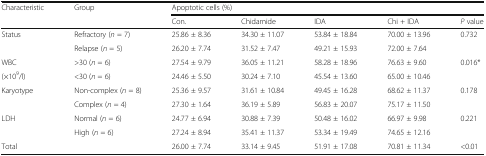
<table><thead><tr><td rowspan="2"><b>Characteristic</b></td><td rowspan="2"><b>Group</b></td><td colspan="5"><b>Apoptotic cells (%)</b></td></tr><tr><td><b>Con.</b></td><td><b>Chidamide</b></td><td><b>IDA</b></td><td><b>Chi + IDA</b></td><td><b><i>P</i> value</b></td></tr></thead><tbody><tr><td>Status</td><td>Refractory (<i>n</i> = 7)</td><td>25.86 ± 8.36</td><td>34.30 ± 11.07</td><td>53.84 ± 18.84</td><td>70.00 ± 13.96</td><td>0.732</td></tr><tr><td></td><td>Relapse (<i>n</i> = 5)</td><td>26.20 ± 7.74</td><td>31.52 ± 7.47</td><td>49.21 ± 15.93</td><td>72.00 ± 7.64</td><td></td></tr><tr><td>WBC</td><td>&gt;30 (<i>n</i> = 6)</td><td>27.54 ± 9.79</td><td>36.05 ± 11.21</td><td>58.28 ± 18.96</td><td>76.63 ± 9.60</td><td>0.016*</td></tr><tr><td>(×10<sup>9</sup>/l)</td><td>&lt;30 (<i>n</i> = 6)</td><td>24.46 ± 5.50</td><td>30.24 ± 7.10</td><td>45.54 ± 13.60</td><td>65.00 ± 10.46</td><td></td></tr><tr><td>Karyotype</td><td>Non-complex (<i>n</i> = 8)</td><td>25.36 ± 9.57</td><td>31.61 ± 10.84</td><td>49.45 ± 16.28</td><td>68.62 ± 11.37</td><td>0.178</td></tr><tr><td></td><td>Complex (<i>n</i> = 4)</td><td>27.30 ± 1.64</td><td>36.19 ± 5.89</td><td>56.83 ± 20.07</td><td>75.17 ± 11.50</td><td></td></tr><tr><td>LDH</td><td>Normal (<i>n</i> = 6)</td><td>24.77 ± 6.94</td><td>30.88 ± 7.39</td><td>50.48 ± 16.02</td><td>66.97 ± 9.98</td><td>0.221</td></tr><tr><td></td><td>High (<i>n</i> = 6)</td><td>27.24 ± 8.94</td><td>35.41 ± 11.37</td><td>53.34 ± 19.49</td><td>74.65 ± 12.16</td><td></td></tr><tr><td>Total</td><td></td><td>26.00 ± 7.74</td><td>33.14 ± 9.45</td><td>51.91 ± 17.08</td><td>70.81 ± 11.34</td><td>&lt;0.01</td></tr></tbody></table>